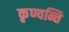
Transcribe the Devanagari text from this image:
कृण्वन्ति